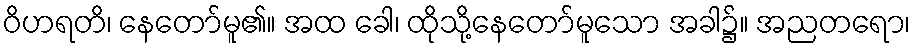
ဝိဟရတိ၊ နေတော်မူ၏။ အထ ခေါ၊ ထိုသို့နေတော်မူသော အခါ၌။ အညတရော၊